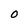
Character: 0